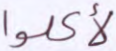
لأكلوا